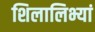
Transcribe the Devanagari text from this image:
शिलालिभ्यां